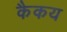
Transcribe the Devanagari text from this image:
कैकय